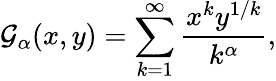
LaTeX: \mathcal{G}_{\alpha}(x,y)=\sum_{k=1}^{\infty}\frac{{x^{k}y^{1/k}}}{{k^{\alpha}}},